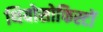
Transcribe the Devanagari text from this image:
थियोसोफिस्टों